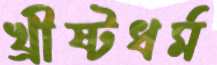
খ্রীষ্টধর্ম